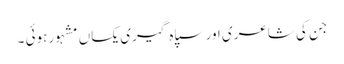
جن کی شاعری اور سپاہ گیری یکساں مشہور ہوئی ۔